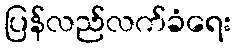
ပြန်လည်လက်ခံရေး